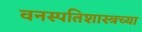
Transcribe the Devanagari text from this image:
वनस्पतिशास्त्रच्या